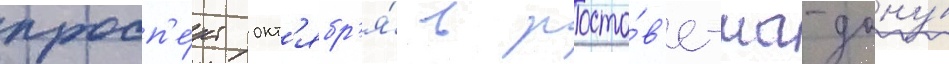
просп'е́кт окт'ябр'я́ в росто́в'е-на-дону́